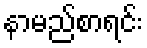
နာမည်စာရင်း